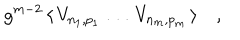
g ^ { m - 2 } \, \langle \, V _ { n _ { 1 } , p _ { 1 } } \, \dots \, V _ { n _ { m } , p _ { m } } \, \rangle \quad ,